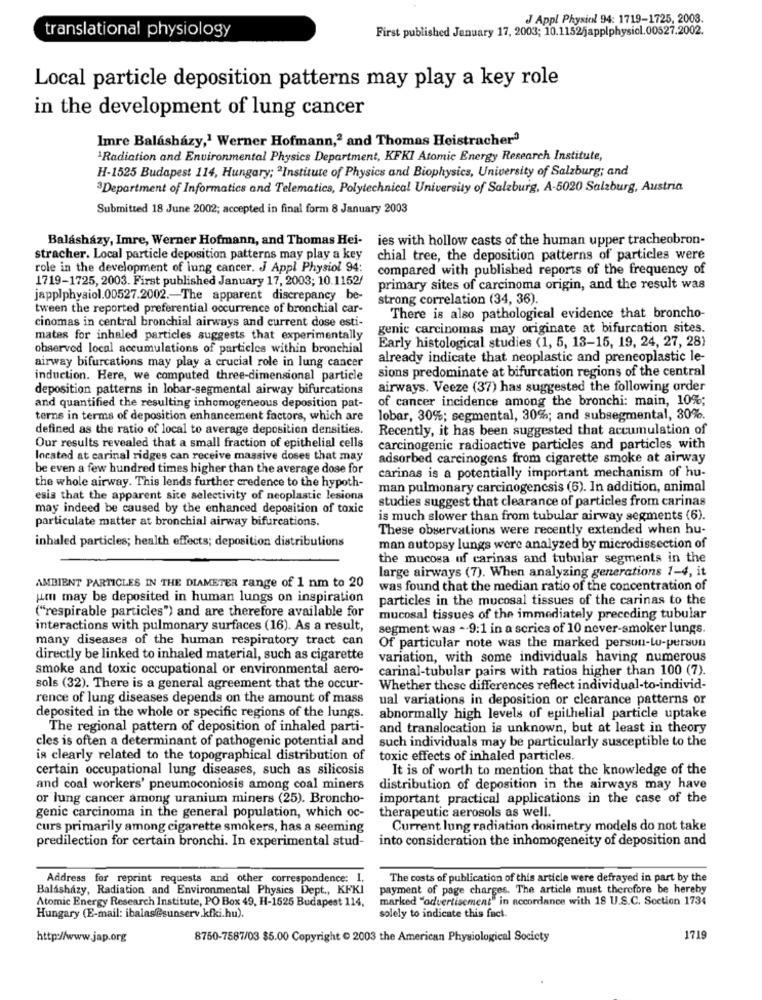
J Appl Physiol 94: 1719-1725, 2003.
translational physiology
First published January 17, 2003; 10.11525applphysiol.00527.2002.
Local particle deposition patterns may play a key role
in the development of lung cancer
Imre Balashazy,1 Werner Hofmann,2 and Thomas Heistracher3
"Radiation and Environmental Physics Department, KFKI Atomic Energy Research Institute,
H-1525 Budapest 114, Hungary; "Institute of Physics and Biophysics, University of Salzburg; and
3Department of Informatics and Telematics, Polytechnical University of Salzburg, A-5020 Salzburg, Austria
Submitted 18 June 2002; accepted in final form 8 January 2003
Balasházy, Imre, Werner Hofmann, and Thomas Hei-
ies with hollow casts of the human upper tracheobron-
stracher. Local particle deposition patterns may play a key
chial tree, the deposition patterns of particles were
role in the development of lung cancer. J Appl Physiol 94:
compared with published reports of the frequency of
1719-1725, 2003. First published January 17, 2003; 10.1152/
primary sites of carcinoma origin, and the result was
japplphysiol.00527.2002 .- The apparent discrepancy be-
strong correlation (34, 36).
tween the reported preferential occurrence of bronchial car-
cinomas in central bronchial airways and current dose esti-
There is also pathological evidence that broncho-
genic carcinomas may originate at bifurcation sites.
mates for inhaled particles suggests that experimentally
Early histological studies (1, 5, 13-15, 19, 24, 27, 28)
observed local accumulations of particles within bronchial
airway bifurcations may play a crucial role in lung cancer
already indicate that neoplastic and preneoplastic le-
sions predominate at bifurcation regions of the central
induction. Here, we computed three-dimensional particle
deposition patterns in lobar-segmental airway bifurcations
airways. Veeze (37) has suggested the following order
of cancer incidence among the bronchi: main, 10%;
and quantified the resulting inhomogeneous deposition pat-
terns in terms of deposition enhancement factors, which are
lobar, 30%; segmental, 30%; and subsegmental, 30%.
defined as the ratio of local to average deposition densities.
Recently, it has been suggested that accumulation of
Our results revealed that a small fraction of epithelial cells
carcinogenic radioactive particles and particles with
located at carinal ridges can receive massive doses that may
adsorbed carcinogens from cigarette smoke at airway
be even a few hundred times higher than the average dose for
the whole airway. This lends further credence to the hypoth-
carinas is a potentially important mechanism of hu-
man pulmonary carcinogencsis (6). In addition, animal
esis that the apparent site selectivity of neoplastic lesions
studies suggest that clearance of particles from carinas
may indeed be caused by the enhanced deposition of toxic
is much slower than from tubular airway segments (6).
particulate matter at bronchial airway bifurcations.
These observations were recently extended when hu-
inhaled particles; health effects; deposition distributions
man autopsy lungs were analyzed by microdissection of
the mucosa of carinas and tubular segments in the
large airways (7). When analyzing generations 1-4, it
AMBIENT PARTICLES IN THE DIAMETER range of 1 nm to 20
was found that the median ratio of the concentration of
umu may be deposited in human lungs on inspiration
particles in the mucosal tissues of the carinas to the
("respirable particles") and are therefore available for
mucosal tissues of the immediately preceding tubular
interactions with pulmonary surfaces (16). As a result,
segment was - 9:1 in a series of 10 never-smoker lungs.
many diseases of the human respiratory tract can
Of particular note was the marked persun-Lu-person
directly be linked to inhaled material, such as cigarette
variation, with some individuals having numerous
smoke and toxic occupational or environmental aero-
carinal-tubular pairs with ratios higher than 100 (7).
sols (32). There is a general agreement that the occur-
Whether these differences reflect individual-to-individ-
rence of lung diseases depends on the amount of mass
ual variations in deposition or clearance patterns or
deposited in the whole or specific regions of the lungs.
abnormally high levels of epithelial particle uptake
The regional pattern of deposition of inhaled parti-
and translocation is unknown, but at least in theory
cles is often a determinant of pathogenic potential and
such individuals may be particularly susceptible to the
is clearly related to the topographical distribution of
toxic effects of inhaled particles.
certain occupational lung diseases, such as silicosis
It is of worth to mention that the knowledge of the
and coal workers' pneumoconiosis among coal miners
distribution of deposition in the airways may have
or lung cancer among uranium miners (25). Broncho-
important practical applications in the case of the
therapeutic aerosols as well.
genic carcinoma in the general population, which oc-
curs primarily among cigarette smokers, has a seeming
Current lung radiation dosimetry models do not take
predilection for certain bronchi. In experimental stud-
into consideration the inhomogeneity of deposition and
Address for reprint requests and other correspondence: 1.
The costs of publication of this article were defrayed in part by the
Balásházy, Radiation and Environmental Physics Dept ., KFKI
payment of page charges. The article must therefore be hereby
marked "advertisement" in accordance with 18 U.S.C. Section 1734
Atomic Energy Research Institute, PO Box 49, H-1525 Budapest 114,
Hungary (E-mail: ibalas@sunserv.kfki.hu).
solely to indicate this fact.
http://www.jap.org
8750-7587/03 $5.00 Copyright 0 2003 the American Physiological Society
1719